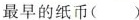
最早的纸币()